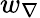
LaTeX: w_{\nabla}